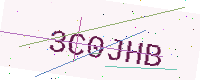
Text: 3C0JHB